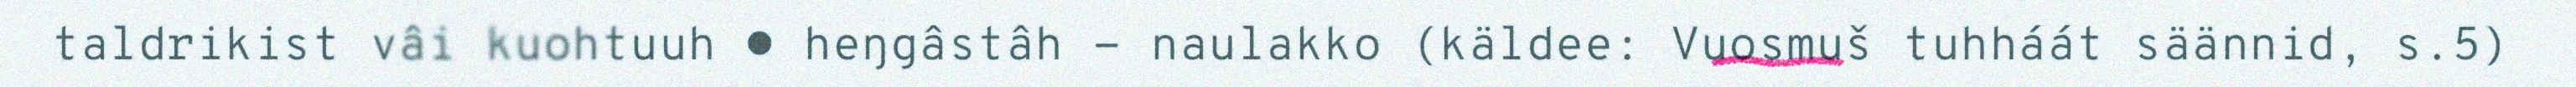
taldrikist vâi kuohtuuh ● heŋgâstâh - naulakko (käldee: Vuosmuš tuhháát säännid, s.5)